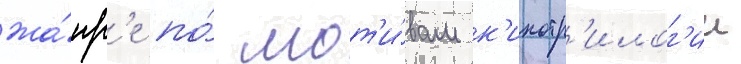
жа́нр'е по́ мот'и́вам к'инотр'илог'ии